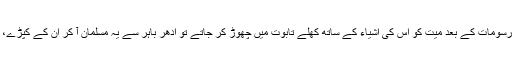
نئے مردوں کو اب زمین میں دبانے کا رواج ہو چلا تھا کیونکہ جب یہ کیلاشی تین دِن تک آخری رسومات کے بعد میّت کو اُس کی اشیاء کے ساتھ کھلے تابوت میں چھوڑ کر جاتے تو ادھر باہر سے یہ مسلمان آ کر اُن کے کپڑے، برتن، چارپائی،کھانا چرا کر لے جاتے سو اَب ہر شئے مردے کے ساتھ ہی دفن کر دی جاتی ہے۔